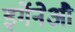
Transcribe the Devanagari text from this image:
इर्गेनेऔ